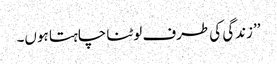
’’زندگی کی طرف لوٹنا چاہتا ہوں۔